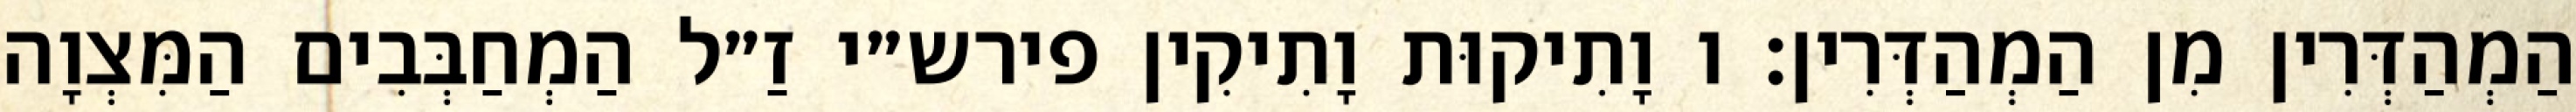
הַמְהַדְּרִין מִן הַמְהַדְּרִין: ו וָתִיקוּת וָתִיקִין פירש״י זַ״ל הַמְחַבְּבִים הַמִּצְוָה